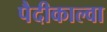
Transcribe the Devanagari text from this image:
पैदीकाल्वा